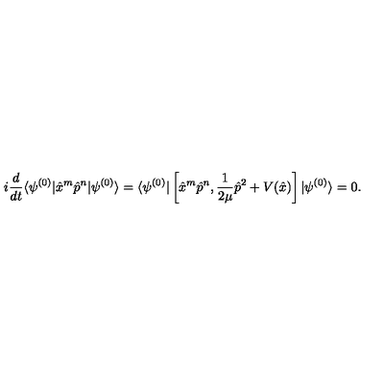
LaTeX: i \frac { d } { d t } \langle \psi ^ { ( 0 ) } | \hat { x } ^ { m } \hat { p } ^ { n } | \psi ^ { ( 0 ) } \rangle = \langle \psi ^ { ( 0 ) } | \left[ \hat { x } ^ { m } \hat { p } ^ { n } , \frac { 1 } { 2 \mu } \hat { p } ^ { 2 } + V ( \hat { x } ) \right] | \psi ^ { ( 0 ) } \rangle = 0 .